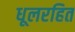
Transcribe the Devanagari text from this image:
धूलरहित